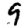
Digit: 9